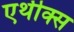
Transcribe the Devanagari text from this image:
एथीक्स